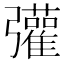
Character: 𢑆